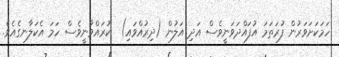
ހަމަކަށަވަރުން ފުރަތަމަ އުފައްދަވަނީވެސް އަދި އަލުން (ދިރުއްވައި)  ކުރައްވާނީވެސް ހަމަ އެކަލާނގެއެވެ.